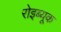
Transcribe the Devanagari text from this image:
रोइब्यूक